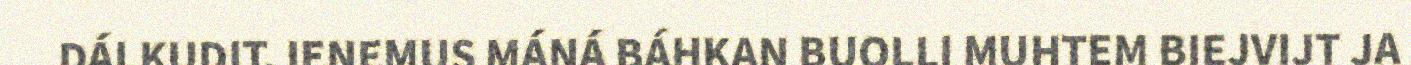
DÁLKUDIT. IENEMUS MÁNÁ BÁHKAN BUOLLI MUHTEM BIEJVIJT JA